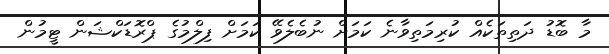
މާ ބޮޑު ދަތިތަކެއް ކުރިމަތިވާނެ ކަމަށް ނުބެލެވޭ ކަމަށް ފިލްމުގެ ޕްރޮޑަކްޝަން ޓީމުން